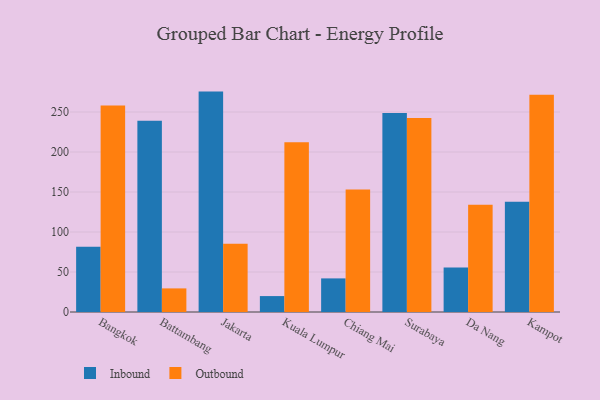
{"axis": {"x": "City", "y": "Headcount"}, "legend": ["Inbound", "Outbound"], "data": [{"x": "Bangkok", "y": 81.6, "type": "Inbound"}, {"x": "Bangkok", "y": 258.2, "type": "Outbound"}, {"x": "Battambang", "y": 239.2, "type": "Inbound"}, {"x": "Battambang", "y": 29.5, "type": "Outbound"}, {"x": "Jakarta", "y": 275.5, "type": "Inbound"}, {"x": "Jakarta", "y": 85.3, "type": "Outbound"}, {"x": "Kuala Lumpur", "y": 19.9, "type": "Inbound"}, {"x": "Kuala Lumpur", "y": 212.2, "type": "Outbound"}, {"x": "Chiang Mai", "y": 42.0, "type": "Inbound"}, {"x": "Chiang Mai", "y": 153.0, "type": "Outbound"}, {"x": "Surabaya", "y": 248.8, "type": "Inbound"}, {"x": "Surabaya", "y": 242.4, "type": "Outbound"}, {"x": "Da Nang", "y": 55.5, "type": "Inbound"}, {"x": "Da Nang", "y": 134.1, "type": "Outbound"}, {"x": "Kampot", "y": 137.9, "type": "Inbound"}, {"x": "Kampot", "y": 271.5, "type": "Outbound"}]}